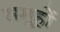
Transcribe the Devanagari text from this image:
समू्हों